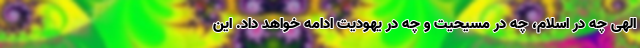
الهی چه در اسلام، چه در مسیحیت و چه در یهودیت ادامه خواهد داد. این